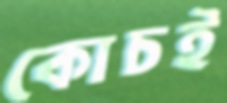
কোচই